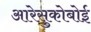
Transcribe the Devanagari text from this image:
आरेसुकोबोई